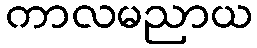
ကာလမညာယ